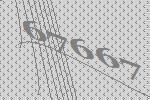
67667